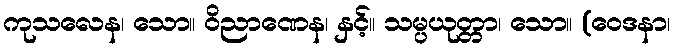
ကုသလေန၊ သော။ ဝိညာဏေန၊ နှင့်။ သမ္ပယုတ္တာ၊ သော။ (ဝေဒနာ၊